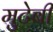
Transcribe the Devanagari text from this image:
मुटेबी